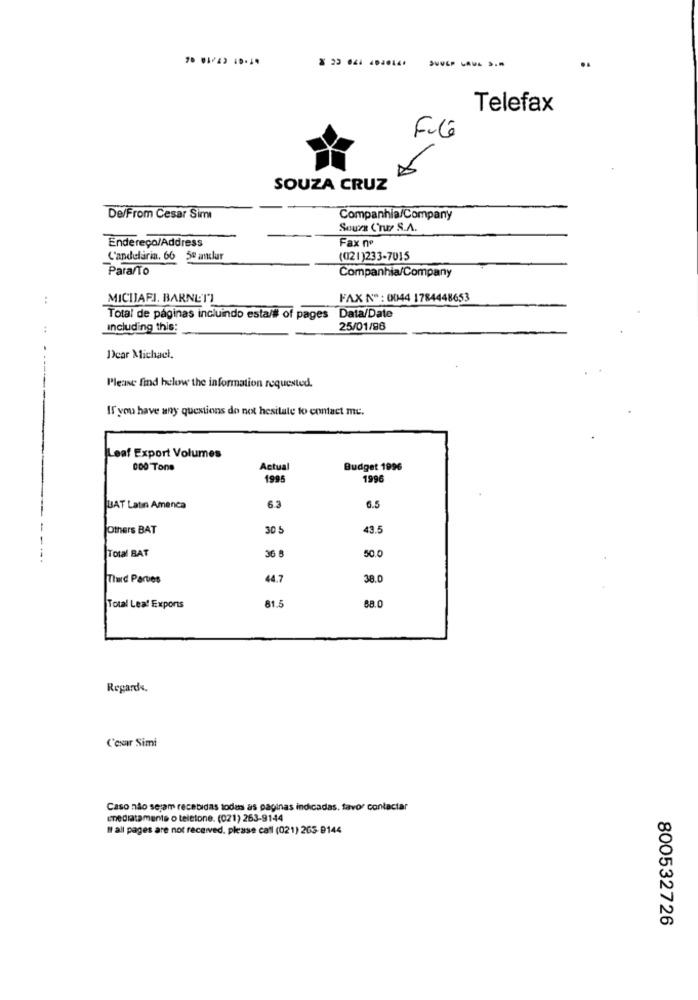
Telefax
Filé
SOUZA CRUZ
De/From Cesar Sim
Companhia/Company
Sours Crus S.A.
Endereço/Address
Fax nº
Candelaria. 66 50 amlur
(021)233-7015
Para/To
Companhia/Company
MICIJAFJ. BARNET"]
FAX NO : 0044 1784448653
Total de páginas incluindo esta/# of pages Data/Date
Including this:
25/01/86
Dear Michael.
Please find helow the information requested.
If you have any questions do not hesitate to contact me.
Leaf Export Volumes
000 Tons
Actual
Budget 1996
1995
1996
6.3
BAT Latın Amenca
6.5
Others BAT
30 5
43.5
Total BAT
36 B
50.0
Timid Partes
44.7
38.0
81.5
Total Lea! Exports
Regards,
C'estar Simi
Caso não sejam recebidas todas as paginas indicadas, favor contactar
Imediatamente o telefone. (021) 263-9144
# all pages are not received, please call (021) 205-9144
800532726